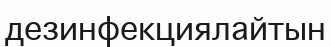
дезинфекциялайтын